Scottish Leaving Certificate Examination, 1957
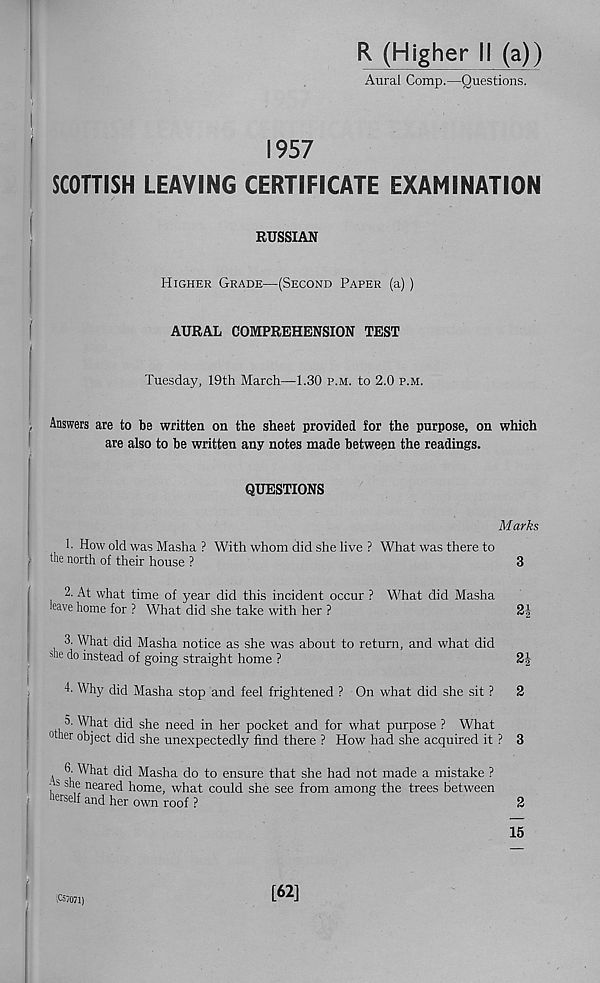
R (Higher II (a))
Aural Comp.—Questions.
1957
SCOTTISH LEAVING CERTIFICATE EXAMINATION
RUSSIAN
Higher Grade—(Second Paper (a) )
AURAL COMPREHENSION TEST
Tuesday, 19th March—1.30 p.m. to 2.0 p.m.
Answers are to be written on the sheet provided for the purpose, on which
are also to be written any notes made between the readings.
QUESTIONS
Marks
1. How old was Masha ? With whom did she live ? What was there to
the north of their house ?
3
2. At what time of year did this incident occur ? What did Masha
have home for ? What did she take with her ?
3. What did Masha notice as she was about to return, and what did
do instead of going straight home ?
4- Why did Masha stop and feel frightened ? On what did she sit ?
5. What did she need in her pocket and for what purpose ? What
other object did she unexpectedly find there ? How had she acquired it ?
a
did Masha do to ensure that she had not made a mistake ?
• b she neared home, what could she see from among the trees between
herself and her own roof ?
2
3
2
15
£57071)
[62]